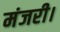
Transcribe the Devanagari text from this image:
मंजरी।